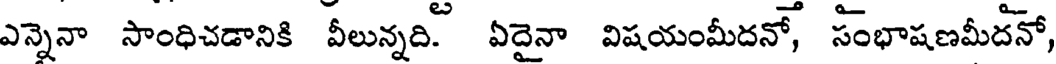
ఎన్నెనా సాంధిచడానికి వీలున్నది. ఏదైనా విషయంమీదనో, సంభాషణమీదనో,